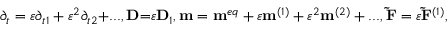
{ \partial _ { t } } = \varepsilon { \partial _ { t 1 } } + { \varepsilon ^ { 2 } } { \partial _ { t 2 } } \mathrm { { + } } . . . , { \bf { D } } { \mathrm { = } } \varepsilon { { \bf { D } } _ { 1 } } , { \bf { m } } = { { \bf { m } } ^ { e q } } + \varepsilon { { \bf { m } } ^ { ( 1 ) } } + { \varepsilon ^ { 2 } } { { \bf { m } } ^ { ( 2 ) } } + . . . , { \bf { \tilde { F } } } = \varepsilon { { \bf { \tilde { F } } } ^ { ( 1 ) } } ,